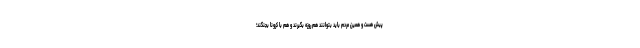
پیش هست و همین مردم باید بتوانند هم روزه بگیرند و هم با کرونا بجنگند؛